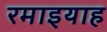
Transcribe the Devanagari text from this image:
रमाइयाह